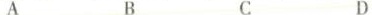
A B C D